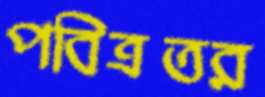
পবিত্রতর